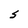
Character: S